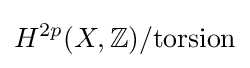
H^{2p}(X,\mathbb {Z} )/{\text{torsion}}